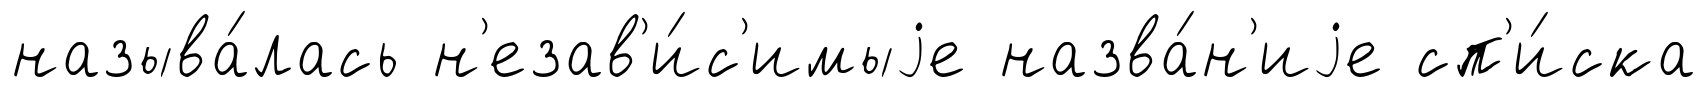
называ́лась н'езав'и́с'имыjе назва́н'иjе сп'и́ска